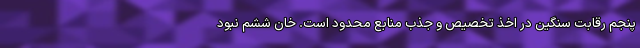
پنجم رقابت سنگین در اخذ تخصیص و جذب منابع محدود است. خان ششم نبود